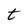
Character: t